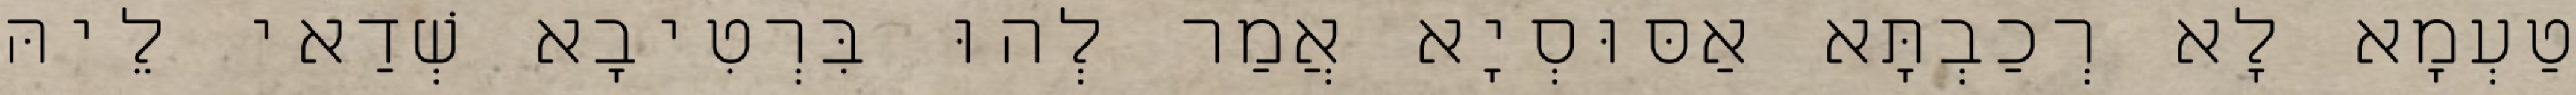
טַעְמָא לָא רְכַבְתָּא אַסּוּסְיָא אֲמַר לְהוּ בִּרְטִיבָא שְׁדַאי לֵיהּ